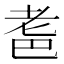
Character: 𱻪